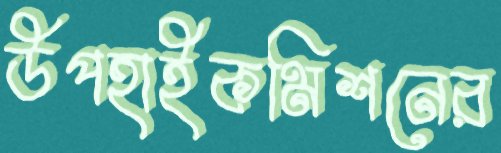
উপহাইকমিশনের